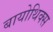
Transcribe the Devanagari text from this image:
बायोथिक्स